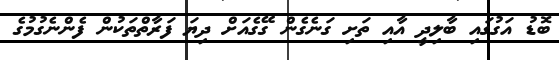
ބޮޑު އަގުގައި ބާލިދީ އާއި ތަށި ގަނެގެން ގޭގެއަށް ދިޔަ ފަރާތްތަކުން ފެންނެގުމުގެ